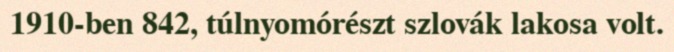
1910-ben 842, túlnyomórészt szlovák lakosa volt.